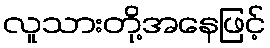
လူသားတို့အနေဖြင့်